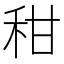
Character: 𥞈